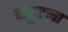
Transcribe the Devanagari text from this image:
पाढुरना